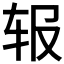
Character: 𬨃